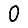
Digit: 0